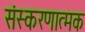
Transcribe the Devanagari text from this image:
संस्करणात्मक